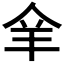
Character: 𦍐